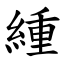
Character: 緟